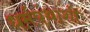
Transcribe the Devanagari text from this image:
धर्मपंथांशी